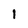
Character: i